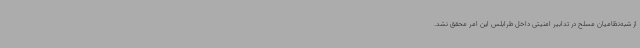
از شبه‌نظامیان مسلح در تدابیر امنیتی داخل طرابلس این امر محقق نشد.